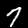
Digit: 7